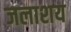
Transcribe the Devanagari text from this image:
जलाश्‍ाय